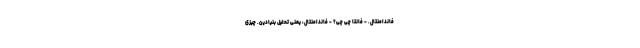
فاندامنتال. - فانتا چی چی؟ - فاندامنتال، یعنی تحلیل بنیادین. چیزی